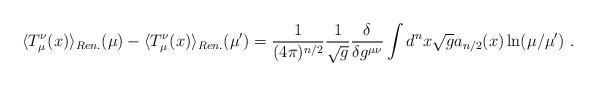
LaTeX: \begin{align*}\langle T_\mu^\nu(x)\rangle_{Ren.}(\mu)-\langle T_\mu^\nu(x)\rangle_{Ren.}(\mu')=\frac1{(4\pi)^{n/2}}\frac1{\sqrt{g}}\frac\delta{\delta g^{\mu\nu}}\int d^nx\sqrt{g}a_{n/2}(x)\ln(\mu/\mu') \ .\end{align*}